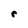
Character: r